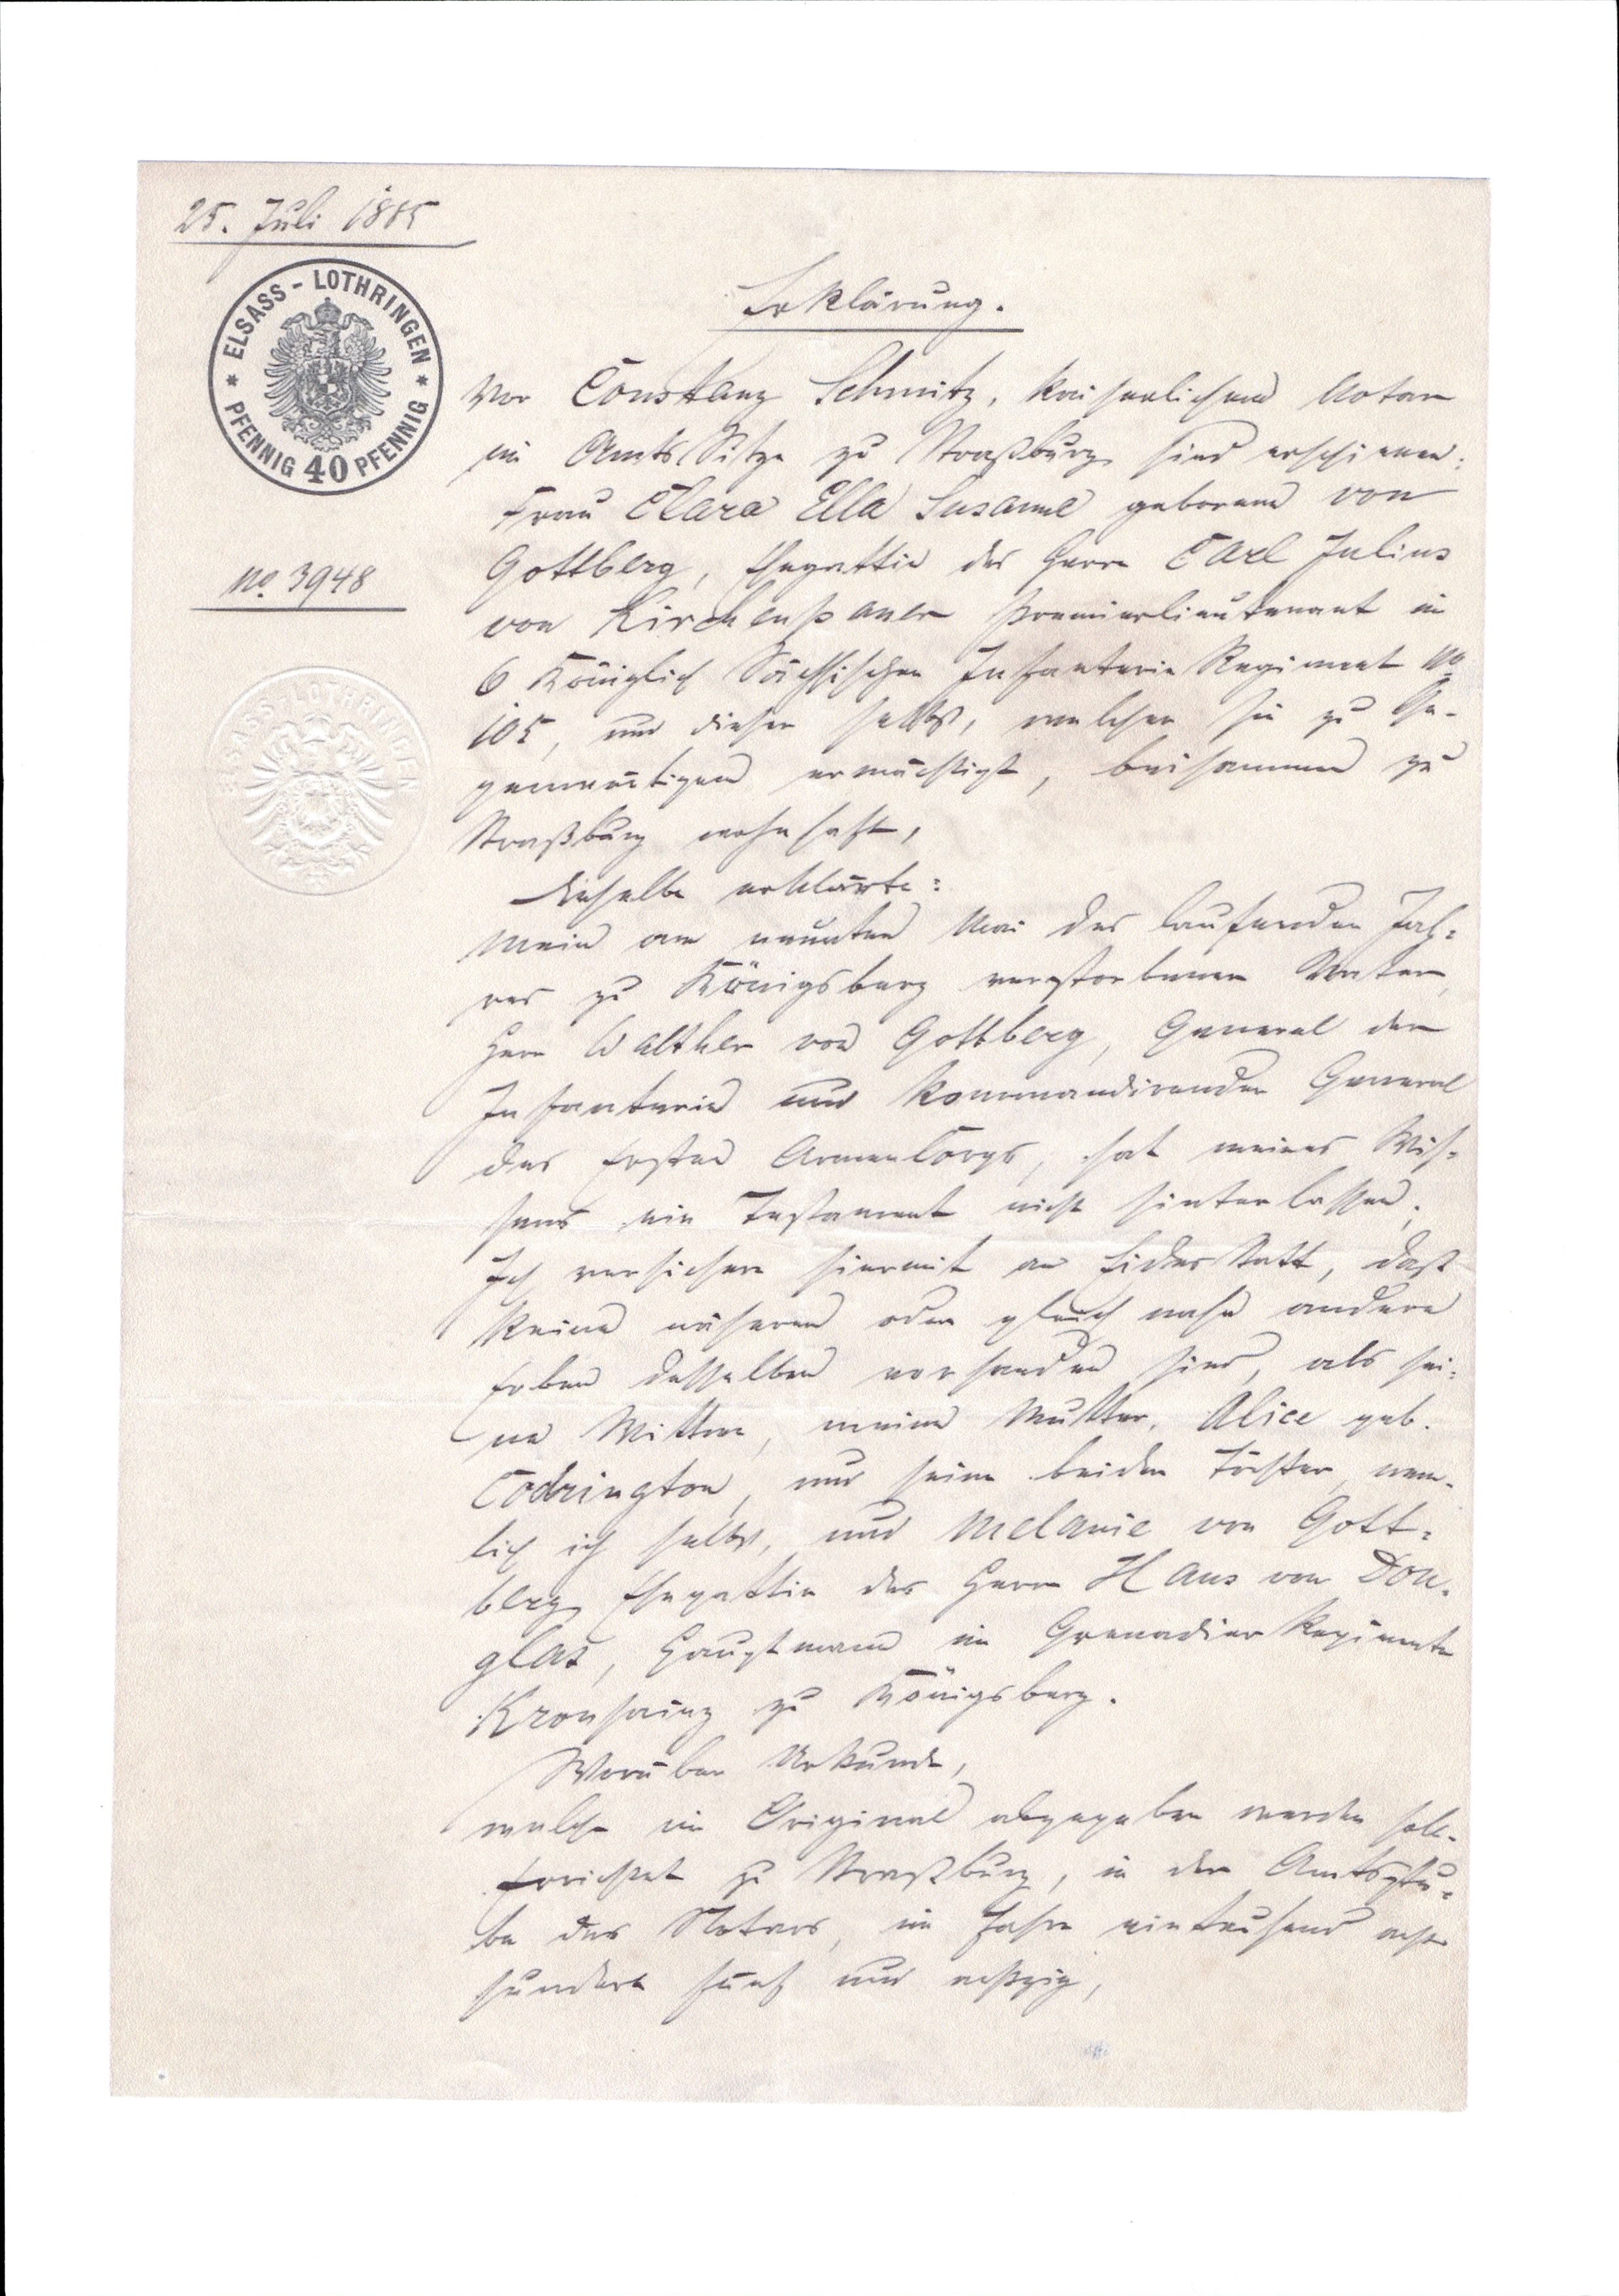
25. Juli 1885
No 3948
Erklärung.
Vor Constanz Schmitz, kaiserlicher Notar
im Amts Sitze zu Straßburg sind erschienen:
Frau Clara Ella Susanne geborene von
Gottberg, Ehegattin des Herrn Carl Julius
von Kirchenpauer Premierlieutenant im
6 königlich sächsischen Infanterie Regiment No
105, und dieser selbst, nemlicher sie zu Ge¬
genwärtigen ermächtigt, beisammen zu
Straßburg wohnhaft,
Dieselbe erklärte:
Mein am neunten Mai des laufenden Jah¬
res zu Königsberg verstorbener Vater
Herrn Walther von Gottberg, General der
Infanterie und kommandierender General
des Ersten Armee Corps, hat meines Wis¬
sens ein Testament nicht hinterlassen.
Ich versichere hiermit an Eides statt, daß
keine näheren oder gleich nahe andere
Erben desselben vorhanden sind, als sei¬
ne Wittwe, meiner Mutter, Alice geb.
Codrington, nur seine beiden Töchter, nem¬
lich ich selbst, und Melanie von Gott¬
berg Ehegattin des Herrn Hans von Don¬
glat, Hauptmann im Grenadier Regimente
Kronprinz zu Königsberg.
xxx Urkunde
welche im Original abgegeben werden soll.
Errichtet zu Straßburg, in der Amtsstu¬
be des Notars, im Jahr eintausend acht¬
hundert fünf und achzig,